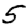
Digit: 5